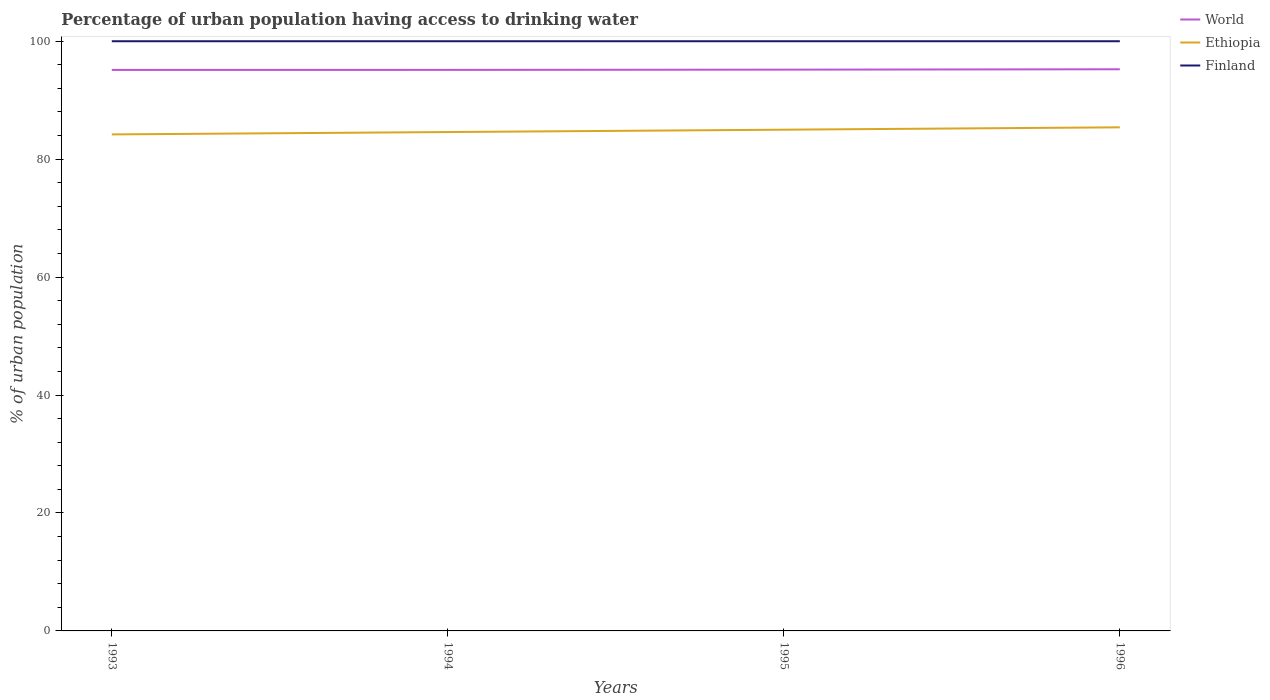
| Years | World | Ethiopia | Finland |
 | --- | --- | --- | --- |
 | 1993 | 95.1 | 84.2 | 100 |
 | 1994 | 95.1 | 84.6 | 100 |
 | 1995 | 95.2 | 85 | 100 |
 | 1996 | 95.2 | 85.4 | 100 |